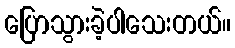
ပြောသွားခဲ့ပါသေးတယ်။